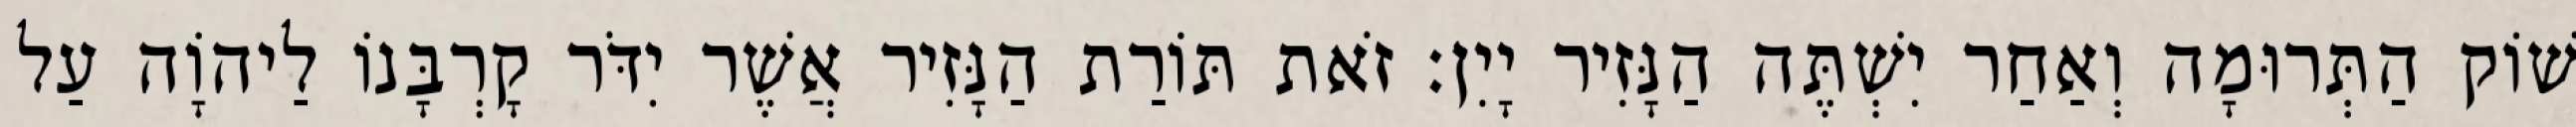
שׁוֹק הַתְּרוּמָה וְאַחַר יִשְׁתֶּה הַנָּזִיר יָיִן׃ זֹאת תּוֹרַת הַנָּזִיר אֲשֶׁר יִדֹּר קָרְבָּנוֹ לַיהוָֹה עַל